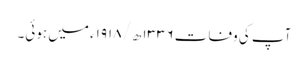
آپ کی وفات ۱۳۳۶ھ/۱۹۱۸ء میں ہوئی۔